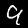
Label: 9